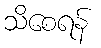
သိစေရန်